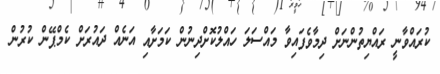
ކުރައްވާނީ ރައްޔިތުންނަށް ދިމާވެފައިވާ މައްސަލަ ހައްލުކޮށްދިނުން ކަމަށާއި އަނެއް ދައުރަށް ކެމްޕޭން ކުރުން